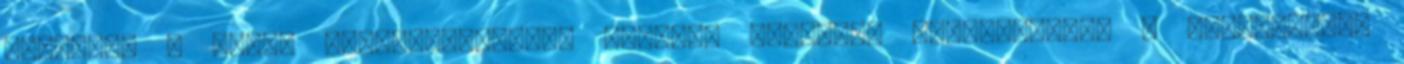
izzasztó - Mell: tejelválasztást fokozó. Javasolt alkalmazása: A gyógynövény